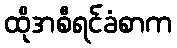
ထိုအစီရင်ခံစာက